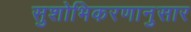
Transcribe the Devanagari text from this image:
सुशोभिकरणानुसार